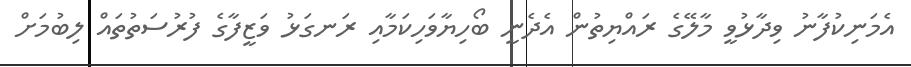
އެމަނިކުފާނު ވިދާޅުވީ މާލޭގެ ރައްޔިތުން އެދެނީ ބޯހިޔާވަހިކަމާއި ރަނގަޅު ވަޒީފާގެ ފުރުސަތުތައް ލިބުމަށް